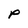
Character: P